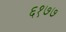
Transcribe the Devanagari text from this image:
६१७७